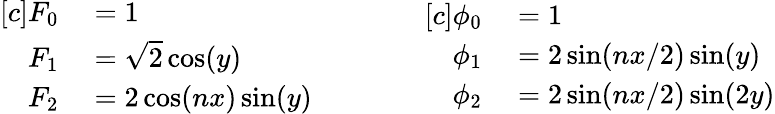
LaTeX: \begin{array}{rl}{[c]F_{0}}&{{}=1}\\ {F_{1}}&{{}=\sqrt{2}\cos(y)}\\ {F_{2}}&{{}=2\cos(nx)\sin(y)}\end{array}\qquad\qquad\begin{array}{rl}{[c]\phi_{0}}&{{}=1}\\ {\phi_{1}}&{{}=2\sin(nx/2)\sin(y)}\\ {\phi_{2}}&{{}=2\sin(nx/2)\sin(2y)}\end{array}